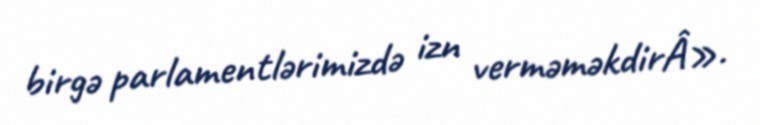
birgə parlamentlərimizdə izn verməməkdirÂ».